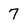
Character: 7